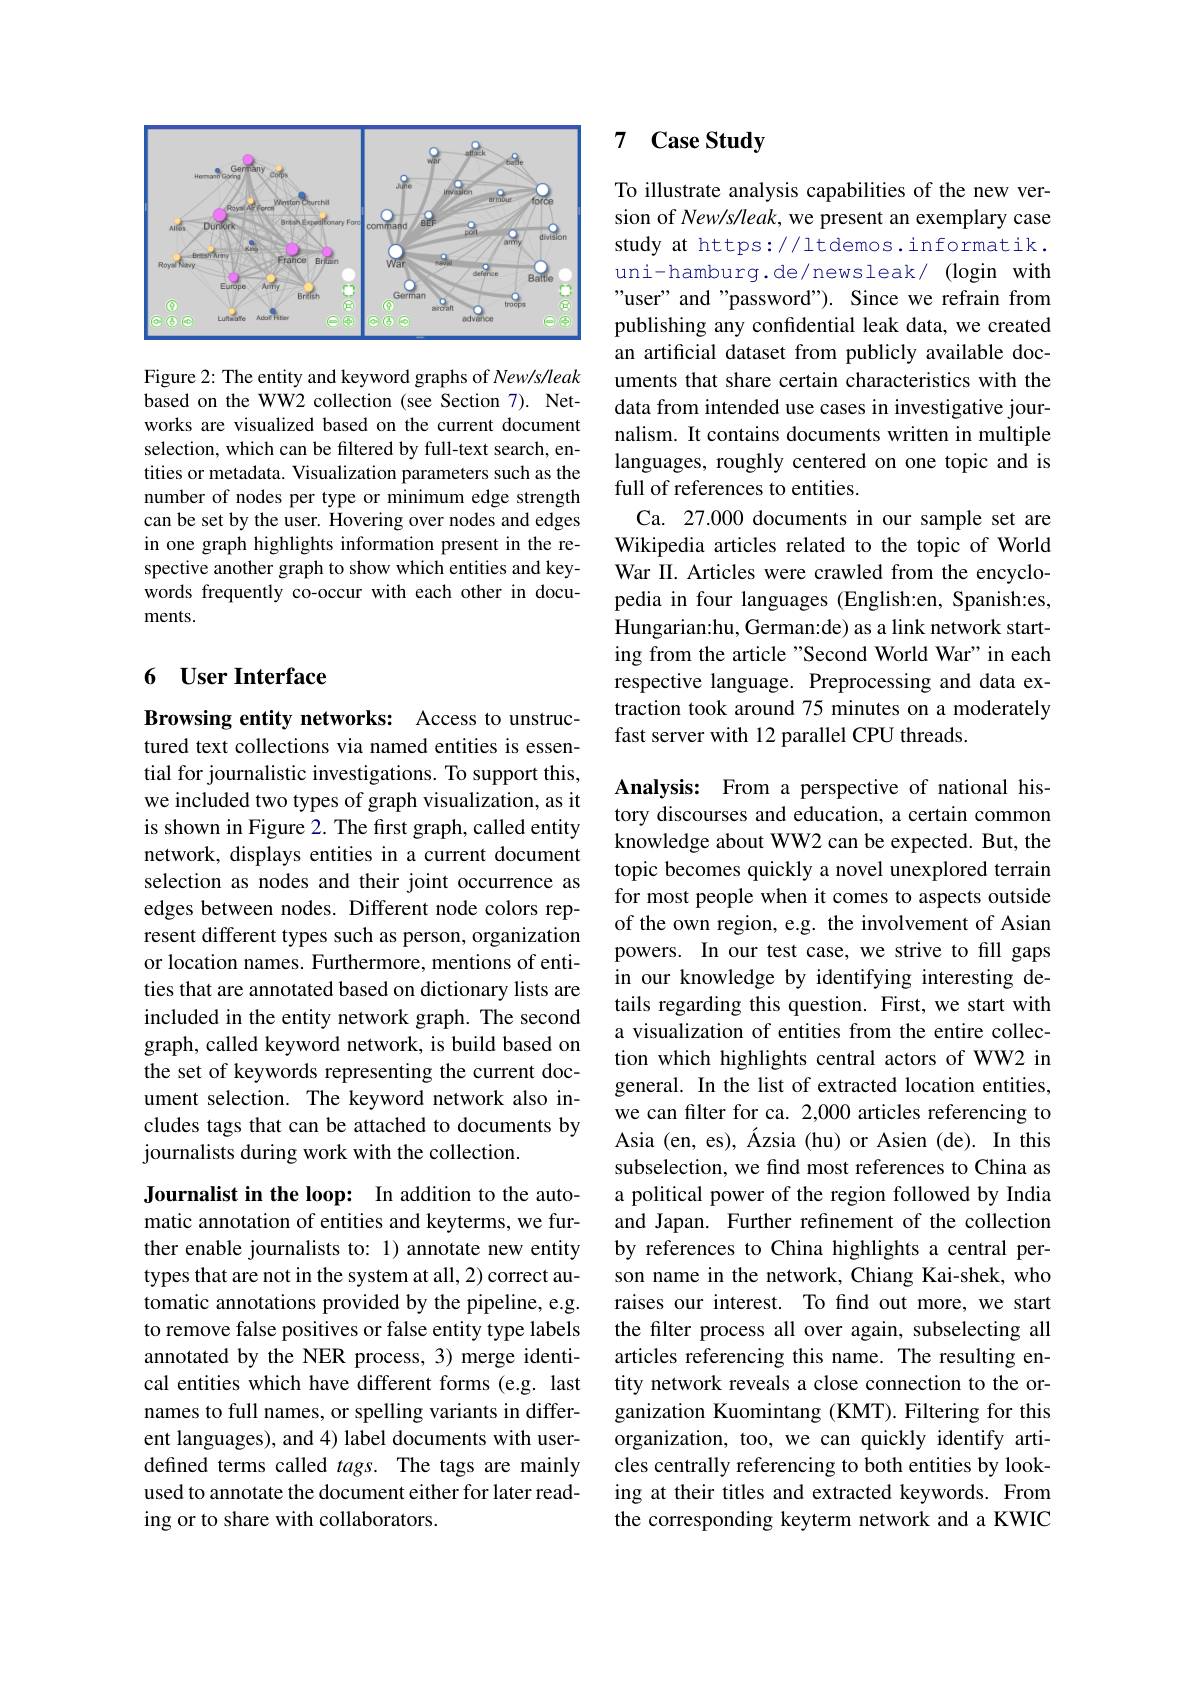
<FigureHere>

Figure 2: The entity and keyword graphs of New/s/leak based on the WW2 collection (see Section 7). Networks are visualized based on the current document selection, which can be filtered by full-text search, entities or metadata. Visualization parameters such as the number of nodes per type or minimum edge strength can be set by the user. Hovering over nodes and edges in one graph highlights information present in the respective another graph to show which entities and keywords frequently co-occur with each other in documents.

## 6 User Interface

Browsing entity networks: Access to unstructured text collections via named entities is essential for journalistic investigations. To support this, we included two types of graph visualization, as it is shown in Figure 2. The first graph, called entity network, displays entities in a current document selection as nodes and their joint occurrence as edges between nodes. Different node colors represent different types such as person, organization or location names. Furthermore, mentions of entities that are annotated based on dictionary lists are included in the entity network graph. The second graph, called keyword network, is build based on the set of keywords representing the current document selection. The keyword network also includes tags that can be attached to documents by journalists during work with the collection.

Journalist in the loop: In addition to the automatic annotation of entities and keyterms, we further enable journalists to: 1) annotate new entity types that are not in the system at all, 2) correct automatic annotations provided by the pipeline, e.g. to remove false positives or false entity type labels annotated by the NER process, 3) merge identical entities which have different forms (e.g. last names to full names, or spelling variants in different languages), and 4) label documents with userdefined terms called $tags.$ The tags are mainly used to annotate the document either for later reading or to share with collaborators.

### 7 $\textbf{Case Study}$

To illustrate analysis capabilities of the new version of New/s/leak, we present an exemplary case study at https://ltdemos.informatik. uni-hamburg.de/newsleak/ (login with "user" and "password"). Since we refrain from publishing any confidential leak data, we created an artificial dataset from publicly available documents that share certain characteristics with the data from intended use cases in investigative journalism. It contains documents written in multiple languages, roughly centered on one topic and is full of references to entities.
Ca. 27.000 documents in our sample set are Wikipedia articles related to the topic of World War II. Articles were crawled from the encyclopedia in four languages (English:en, Spanish:es, Hungarian:hu, German:de) as a link network starting from the article "Second World War" in each respective language. Preprocessing and data extraction took around 75 minutes on a moderately fast server with 12 parallel CPU threads.

Analysis: From a perspective of national history discourses and education, a certain common knowledge about WW2 can be expected. But, the topic becomes quickly a novel unexplored terrain for most people when it comes to aspects outside of the own region, e.g. the involvement of Asian powers. In our test case, we strive to fill gaps in our knowledge by identifying interesting details regarding this question. First, we start with a visualization of entities from the entire collection which highlights central actors of WW2 in general. In the list of extracted location entities, we can filter for ca. 2,000 articles referencing to Asia (en, es), Ázsia (hu) or Asien (de). In this subselection, we find most references to China as a political power of the region followed by India and Japan. Further refinement of the collection by references to China highlights a central person name in the network, Chiang Kai-shek, who raises our interest. To find out more, we start the filter process all over again, subselecting all articles referencing this name. The resulting entity network reveals a close connection to the organization Kuomintang (KMT). Filtering for this organization, too, we can quickly identify articles centrally referencing to both entities by looking at their titles and extracted keywords. From the corresponding keyterm network and a KWIC